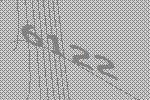
6122